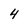
Character: 4